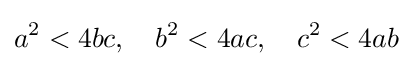
a^{2}<4bc,\quad b^{2}<4ac,\quad c^{2}<4ab